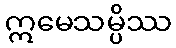
ဣမေသမ္ပိဿ